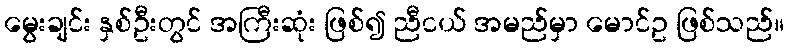
မွေးချင်း နှစ်ဦးတွင် အကြီးဆုံး ဖြစ်၍ ညီငယ် အမည်မှာ မောင်ဥ ဖြစ်သည်။